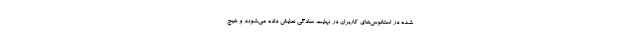
شده در استاتوس‌های کاربران در نهایت سادگی نمایش داده می‌شوند و هیچ